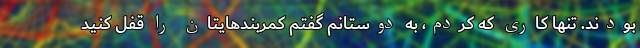
بودند. تنها کاری که کردم، به دوستانم گفتم کمربندهایتان را قفل کنید